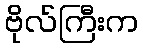
ဗိုလ်ကြီးက